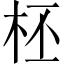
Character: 柸